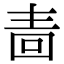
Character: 𭍠